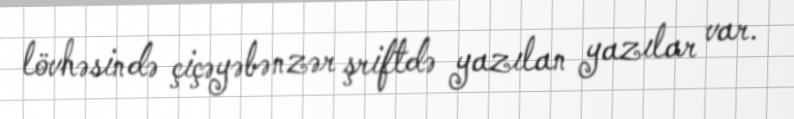
lövhəsində çiçəyəbənzər şriftdə yazılan yazılar var.